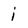
Character: i